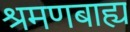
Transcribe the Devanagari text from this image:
श्रमणबाह्य